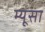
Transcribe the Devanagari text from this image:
म्यूसा